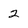
Character: 2